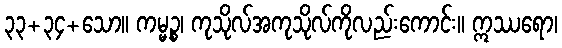
၃၃+၃၄+သော။ ကမ္မဉ္စ၊ ကုသိုလ်အကုသိုလ်ကိုလည်းကောင်း။ ဣဿရော၊